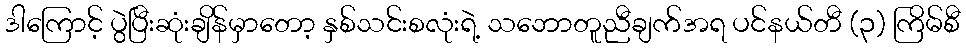
ဒါကြောင့် ပွဲပြီးဆုံးချိန်မှာတော့ နှစ်သင်းစလုံးရဲ့ သဘောတူညီချက်အရ ပင်နယ်တီ (၃) ကြိမ်စီ